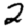
Digit: 2